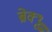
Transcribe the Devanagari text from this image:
ब्रेक्थ्रू